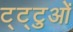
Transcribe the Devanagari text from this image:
ट्ट्टुओं